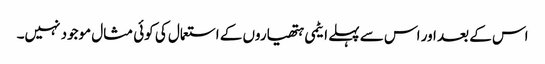
اس کے بعد اور اس سے پہلے ایٹمی ہتھیاروں کے استعمال کی کوئی مثال موجود نہیں۔